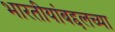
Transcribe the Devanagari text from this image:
भारतीयांबद्दलच्या